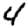
Digit: 4